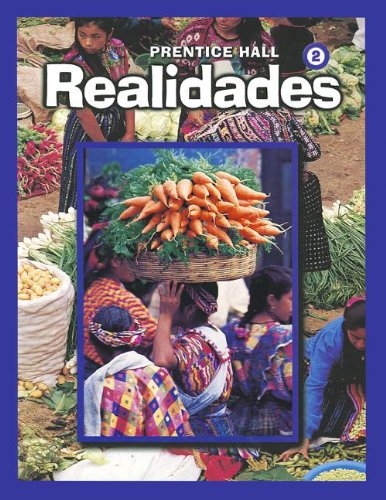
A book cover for Realidades, Level 2 (English and Spanish Edition); Peggy Palo Boyles; Teen & Young Adult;